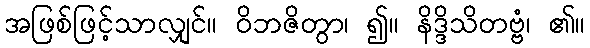
အဖြစ်ဖြင့်သာလျှင်။ ဝိဘဇိတွာ၊ ၍။ နိဒ္ဒိသိတဗ္ဗံ၊ ၏။